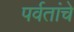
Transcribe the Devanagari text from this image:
पर्वतांचे